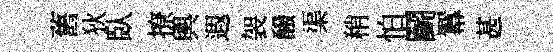
舊狄臥撩輿遐袈醱渠稍怕鬬羃甚